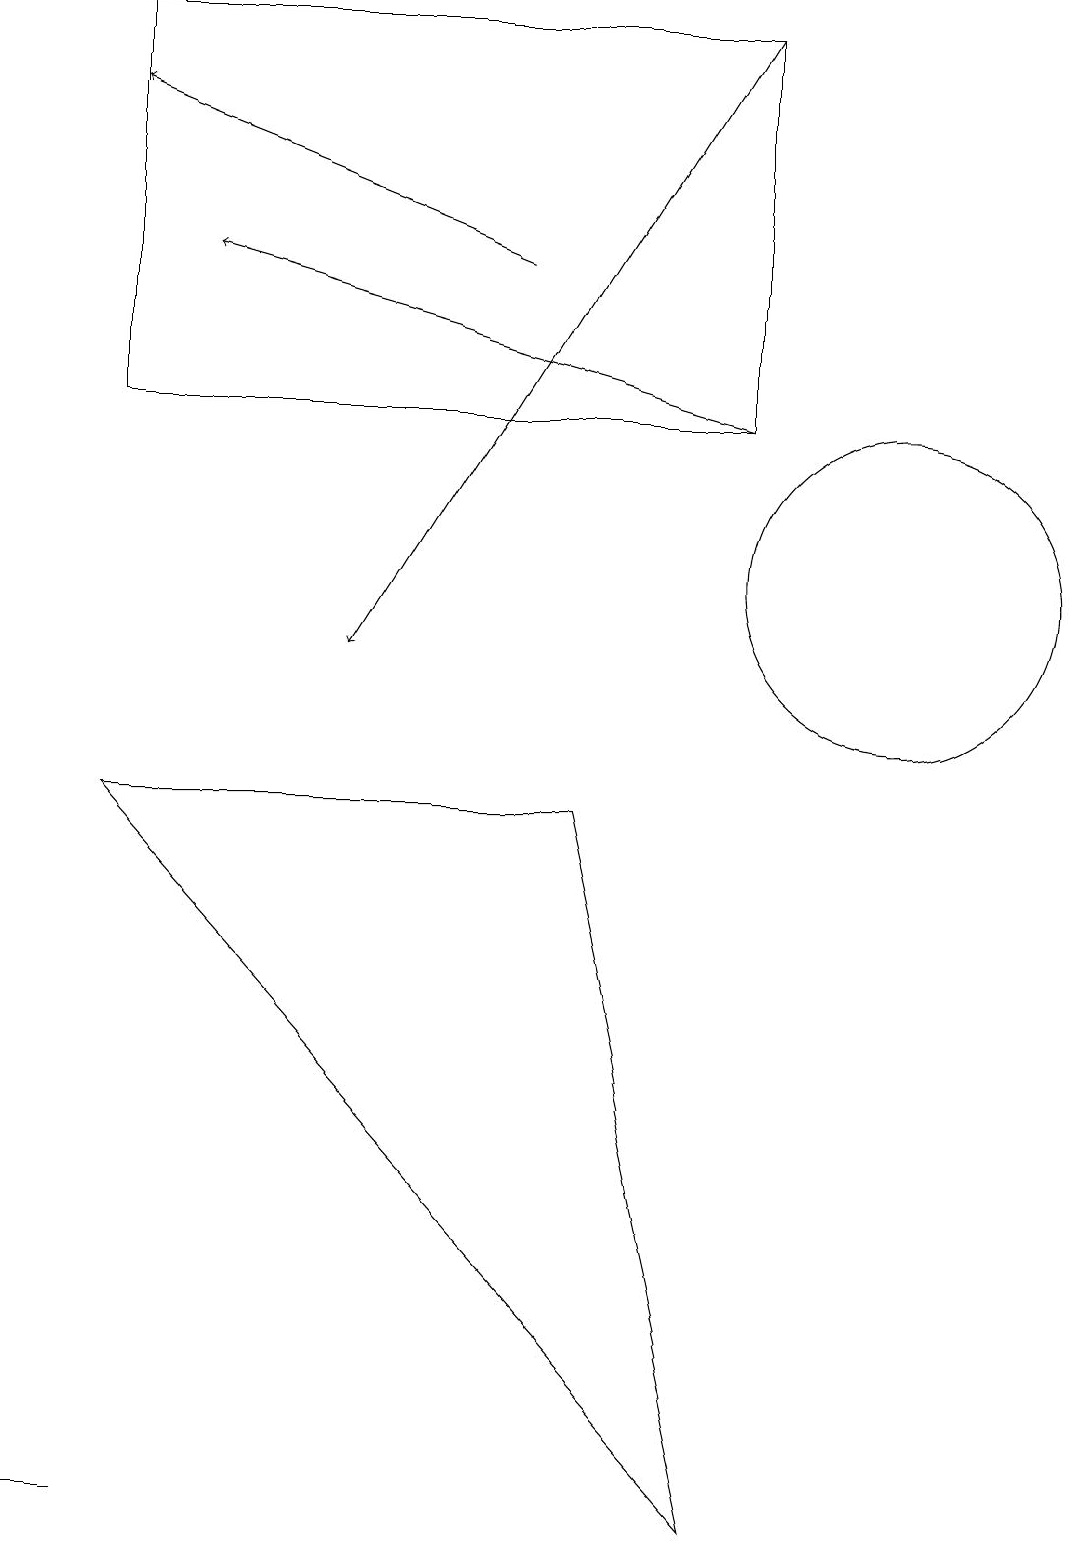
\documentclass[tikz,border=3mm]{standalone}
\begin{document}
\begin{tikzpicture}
\draw[->] (9,19) -- (4,11);
\draw (11,12) circle (2);
\draw (1,0) -- (1,0) -- (0,0) -- cycle;
\draw (9,19) rectangle (1,14);
\draw (1,9) -- (7,9) -- (9,0) -- cycle;
\draw[->] (9,14) -- (2,16);
\draw[->] (6,16) -- (1,18);
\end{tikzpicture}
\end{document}